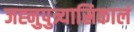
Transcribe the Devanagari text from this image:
जह्नुपुत्र्यास्रिकालं